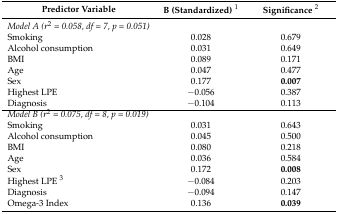
<table><thead><tr><td><b>Predictor Variable</b></td><td><b>Β (Standardized) <sup>1</sup></b></td><td><b>Significance <sup>2</sup></b></td></tr></thead><tbody><tr><td><i>Model A (r<sup>2</sup> = 0.058, df = 7, p = 0.051)</i></td><td></td><td></td></tr><tr><td>Smoking</td><td>0.028</td><td>0.679</td></tr><tr><td>Alcohol consumption</td><td>0.031</td><td>0.649</td></tr><tr><td>BMI</td><td>0.089</td><td>0.171</td></tr><tr><td>Age</td><td>0.047</td><td>0.477</td></tr><tr><td>Sex</td><td>0.177</td><td><b>0.007</b></td></tr><tr><td>Highest LPE</td><td>−0.056</td><td>0.387</td></tr><tr><td>Diagnosis</td><td>−0.104</td><td>0.113</td></tr><tr><td><i>Model B (r<sup>2</sup> = 0.075, df = 8, p = 0.019)</i></td><td></td><td></td></tr><tr><td>Smoking</td><td>0.031</td><td>0.643</td></tr><tr><td>Alcohol consumption</td><td>0.045</td><td>0.500</td></tr><tr><td>BMI</td><td>0.080</td><td>0.218</td></tr><tr><td>Age</td><td>0.036</td><td>0.584</td></tr><tr><td>Sex</td><td>0.172</td><td><b>0.008</b></td></tr><tr><td>Highest LPE <sup>3</sup></td><td>−0.084</td><td>0.203</td></tr><tr><td>Diagnosis</td><td>−0.094</td><td>0.147</td></tr><tr><td>Omega-3 Index</td><td>0.136</td><td><b>0.039</b></td></tr></tbody></table>